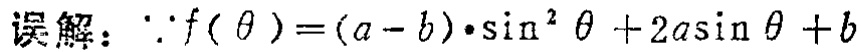
误解：\(\because f(\theta)=(a - b)\cdot\sin^{2}\theta+2a\sin\theta + b\)